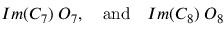
I m ( C _ { 7 } ) \; O _ { 7 } , \quad \mathrm { a n d } \quad I m ( C _ { 8 } ) \; O _ { 8 }